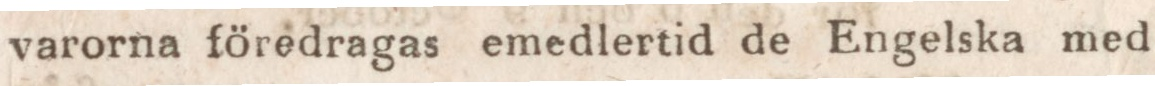
varorna föredragas emedlertid de Engelska med